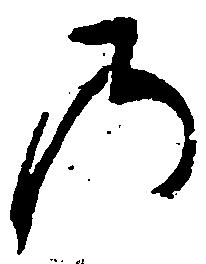
の